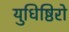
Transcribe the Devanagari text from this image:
युधिष्ठिरो